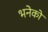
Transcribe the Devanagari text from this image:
भनेको